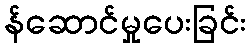
န်ဆောင်မှုပေးခြင်း